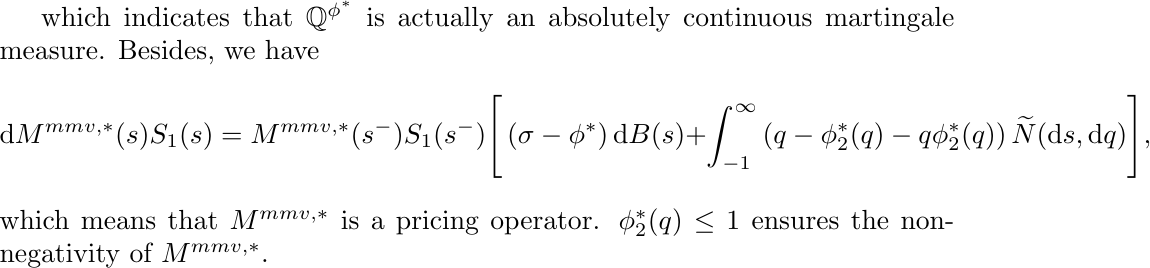
which indicates that $\mathbb{Q}^{\phi^{\ast}}$ is actually an absolutely continuous martingale measure. Besides, we have \begin{equation}
    \mathrm{d}M^{mmv,\ast}(s)S_1(s) = M^{mmv,\ast}(s^-)S_1(s^-) \Bigg[ \left(\sigma-\phi^*\right)\mathrm{d}B(s) + \int_{-1}^{\infty} \left(q-\phi_2^{\ast}(q)-q\phi_2^{\ast}(q)\right)\widetilde{N}(\mathrm{d}s,\mathrm{d}q) \Bigg],  \notag
\end{equation} which means that  $M^{mmv,\ast}$ is a pricing   operator.  $\phi_2^{\ast}(q) \leq 1$ ensures the non-negativity of $M^{mmv,\ast}$.